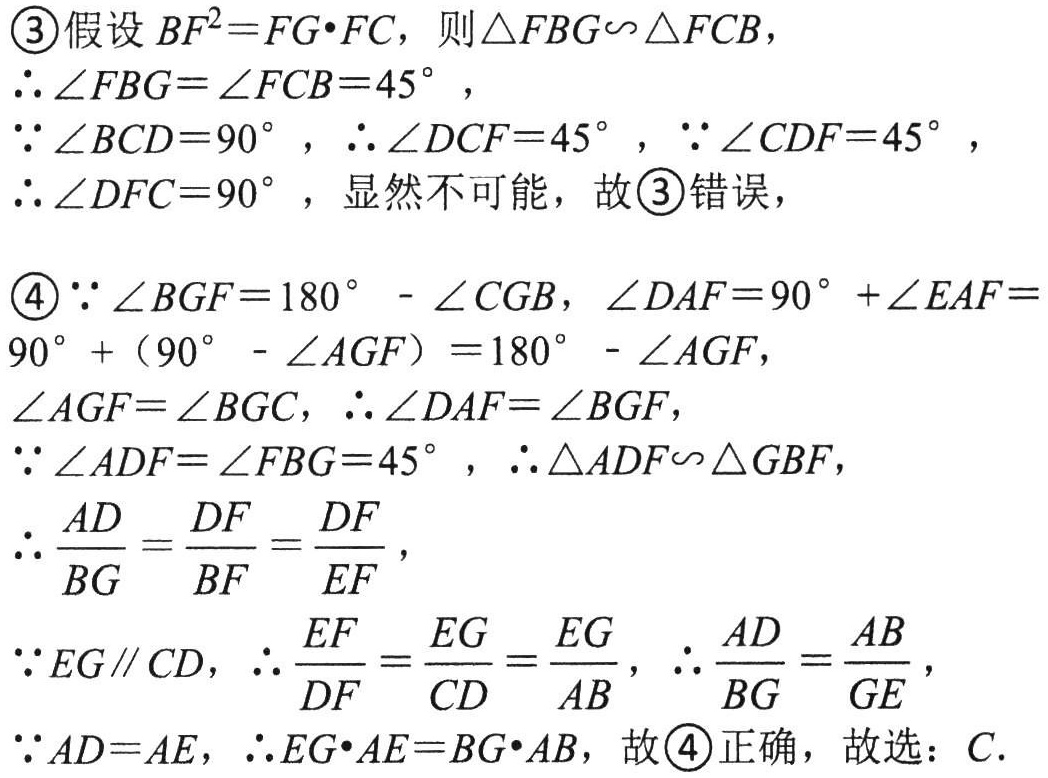
\begin{enumerate}

\item[\textcircled{3}] 假设 \(BF^{2}=FG\cdot FC\)，则\(\triangle FBG\sim\triangle FCB\)，

\(\therefore\angle FBG = \angle FCB = 45^{\circ}\)，

\(\because\angle BCD = 90^{\circ}\)，\(\therefore\angle DCF = 45^{\circ}\)，\(\because\angle CDF = 45^{\circ}\)，

\(\therefore\angle DFC = 90^{\circ}\)，显然不可能，故\textcircled{3}错误，

\item[\textcircled{4}] \(\because\angle BGF = 180^{\circ}-\angle CGB\)，\(\angle DAF = 90^{\circ}+\angle EAF = 90^{\circ}+(90^{\circ}-\angle AGF)=180^{\circ}-\angle AGF\)，

\(\angle AGF=\angle BGC\)，\(\therefore\angle DAF=\angle BGF\)，

\(\because\angle ADF = \angle FBG = 45^{\circ}\)，\(\therefore\triangle ADF\sim\triangle GBF\)，

\(\therefore\frac{AD}{BG}=\frac{DF}{BF}=\frac{DF}{EF}\)，

\(\because EG\parallel CD\)，\(\therefore\frac{EF}{DF}=\frac{EG}{CD}=\frac{EG}{AB}\)，\(\therefore\frac{AD}{BG}=\frac{AB}{GE}\)，

\(\because AD = AE\)，\(\therefore EG\cdot AE = BG\cdot AB\)，故\textcircled{4}正确，故选：\(C\).

\end{enumerate}